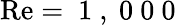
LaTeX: \mathrm{Re}=\mathrm{~1~,~0~0~0~}